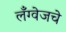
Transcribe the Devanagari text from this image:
लँग्वेजचे